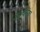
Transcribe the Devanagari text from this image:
आत्चमंबा